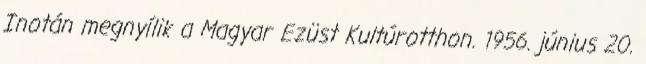
Inotán megnyílik a Magyar Ezüst Kultúrotthon. 1956. június 20.